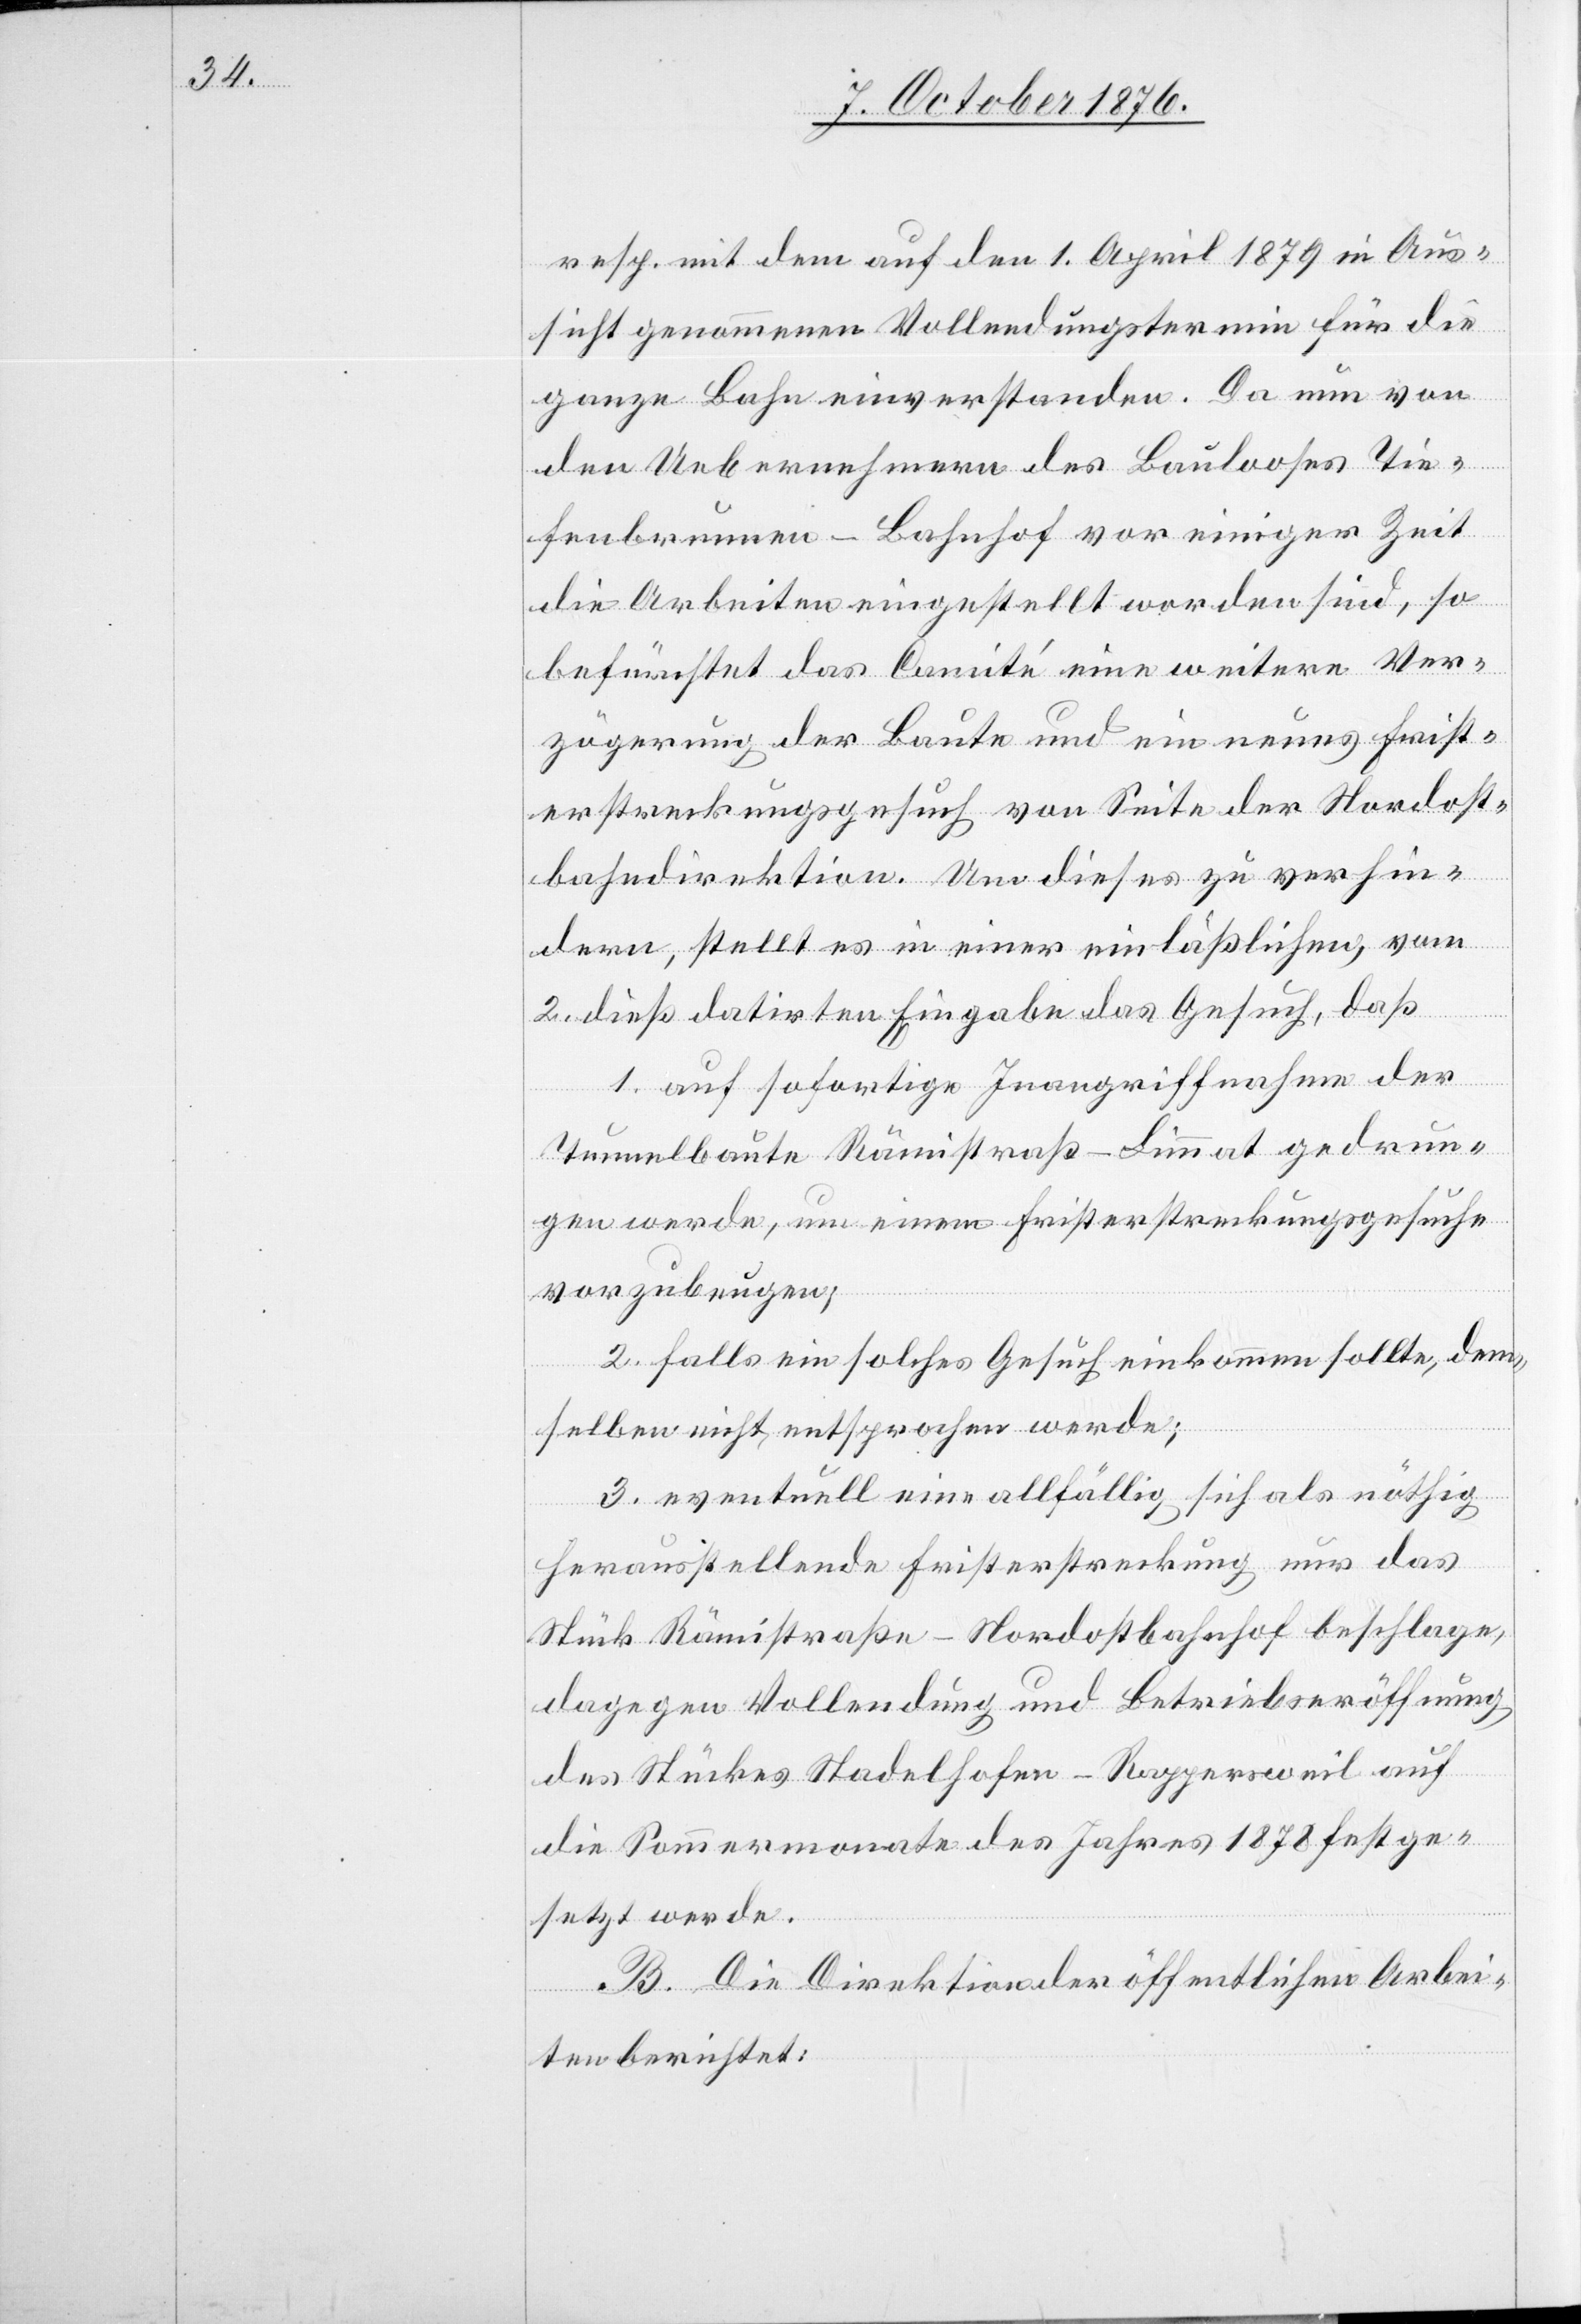
resp. mit dem auf den 1. April 1879 in Aus¬
sicht genommenen Vollendungstermin für die
ganze Bahn einverstanden. Da nun von
den Uebernehmern des Baulooses Tie¬
fenbrunnen–Bahnhof vor einiger Zeit
die Arbeiten eingestellt worden sind, so
befürchtet das Comité eine weitere Ver¬
zögerung der Baute und ein neues Frist¬
erstreckungsgesuch von Seite der Nordost¬
bahndirektion. Um dieses zu verhin¬
dern, stellt es in einer einläßlichen, vom
2. dieß datirten Eingabe das Gesuch, daß
1. auf sofortige Inangriffnahme der
Tunnelbaute Rämistraß–Limmat [sic!] gedrun¬
gen werde, um einem Fristerstreckungsgesuche
vorzubeugen;
2. falls ein solches Gesuch einkommen sollte, dem¬
selben nicht entsprochen werde;
3. eventuell eine allfällig sich als nöthig
herausstellende Fristerstreckung nur das
Stück Rämistraße–Nordostbahnhof beschlage,
dagegen Vollendung und Betriebseröffnung
des Stückes Stadelhofen–Rappersweil auf
die Sommermonate des Jahres 1878 festge¬
setzt werde.
B. Die Direktion der öffentlichen Arbei¬
ten berichtet: